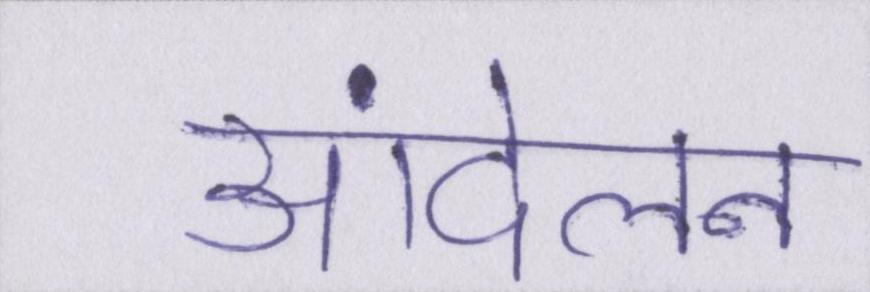
आंदेलन